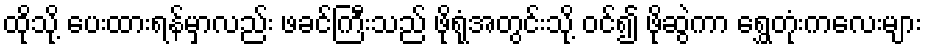
ထိုသို့ ပေးထားရန်မှာလည်း ဖခင်ကြီးသည် ဖိုရုံအတွင်းသို့ ဝင်၍ ဖိုဆွဲကာ ရွှေတုံးကလေးများ